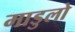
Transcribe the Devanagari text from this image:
माडुलो